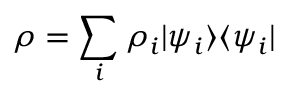
\rho = \sum _ { i } \rho _ { i } | \psi _ { i } \rangle \langle \psi _ { i } |